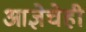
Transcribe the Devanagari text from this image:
आज्ञेचेही